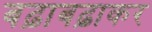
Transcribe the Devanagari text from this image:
बढ़ाबढ़ाकर